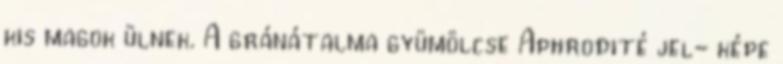
kis magok ülnek. A gránátalma gyümölcse Aphrodité jel- képe